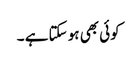
کوئی بھی ہو سکتا ہے ۔